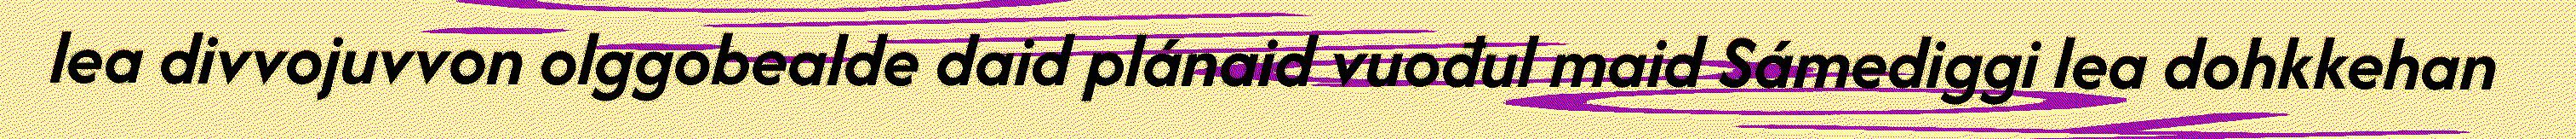
lea divvojuvvon olggobealde daid plánaid vuođul maid Sámediggi lea dohkkehan